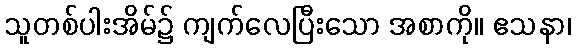
သူတစ်ပါးအိမ်၌ ကျက်လေပြီးသော အစာကို။ ဧသနာ၊